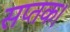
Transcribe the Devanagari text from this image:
सप्तक।